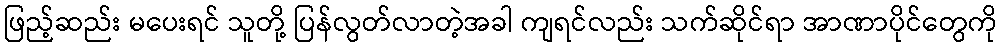
ဖြည့်ဆည်း မပေးရင် သူတို့ ပြန်လွတ်လာတဲ့အခါ ကျရင်လည်း သက်ဆိုင်ရာ အာဏာပိုင်တွေကို